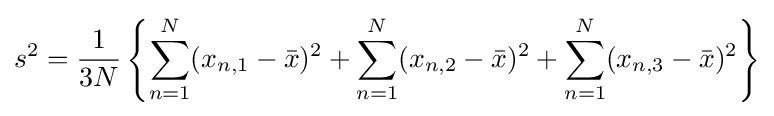
s^{2}={\frac {1}{3N}}\left\{\sum _{n=1}^{N}(x_{n,1}-{\bar {x}})^{2}+\sum _{n=1}^{N}(x_{n,2}-{\bar {x}})^{2}+\sum _{n=1}^{N}(x_{n,3}-{\bar {x}})^{2}\right\}